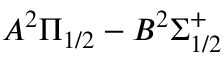
A ^ { 2 } \Pi _ { 1 / 2 } - B ^ { 2 } \Sigma _ { 1 / 2 } ^ { + }